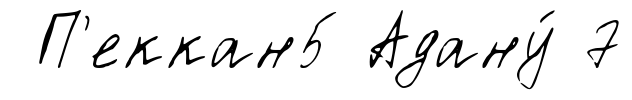
П'еккан5 Адану́ 7